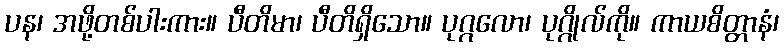
ပန၊ အဖို့တစ်ပါးကား။ ပီတိမာ၊ ပီတိရှိသော။ ပုဂ္ဂလော၊ ပုဂ္ဂိုလ်ကို။ ကာယစိတ္တာနံ၊